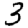
Digit: 3